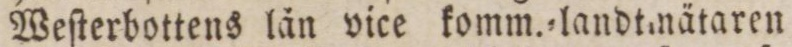
Weſterbottens län vice komm.=landtmätaren